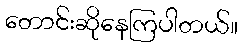
တောင်းဆိုနေကြပါတယ်။